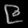
Digit: ၉